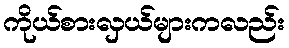
ကိုယ်စားလှယ်များကလည်း